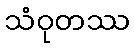
သံဝုတဿ